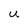
Character: U